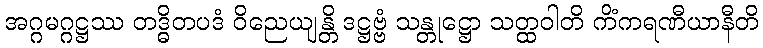
အဂ္ဂမဂ္ဂဋ္ဌဿ တဒ္ဓိတပဒံ ဝိညေယျန္တိ ဒဋ္ဌဗ္ဗံ သန္တုဋ္ဌော သတ္ထဝါတိ ကိံကရဏီယာနီတိ